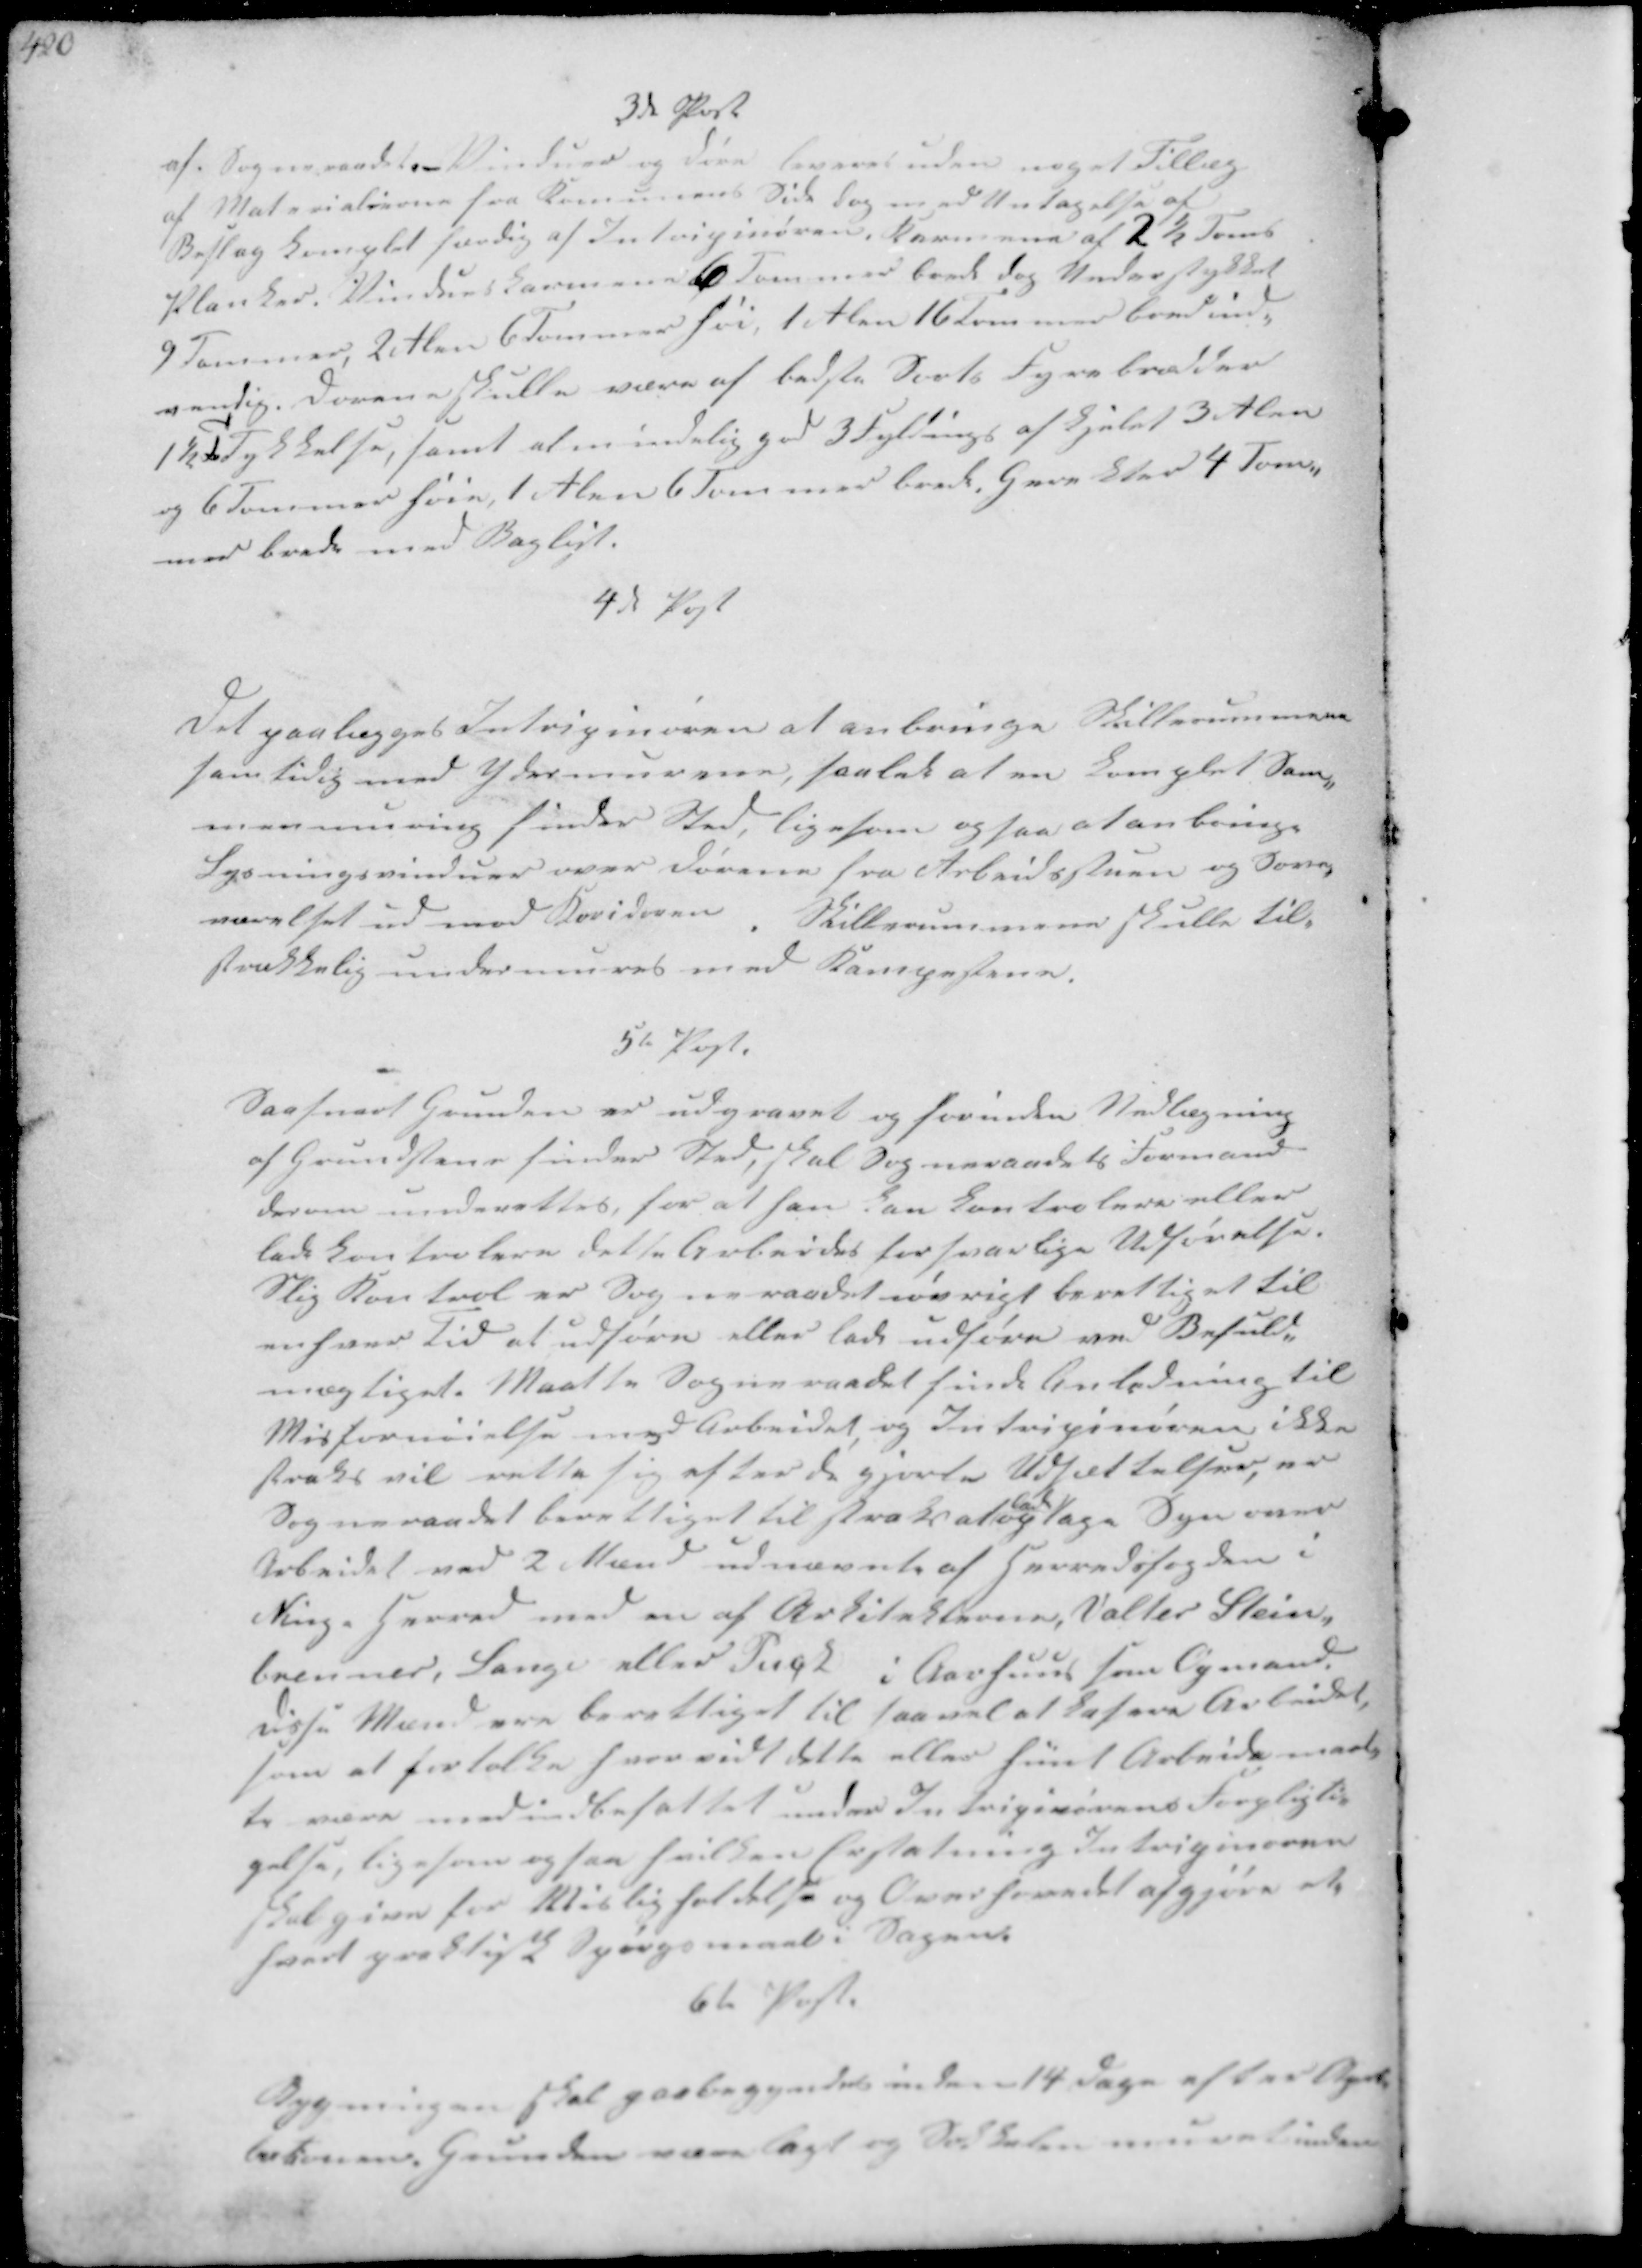
Transskription:
3de Post
af. Sogneraadet. Vinduer og Døre leveret uden noget Tillæg-
af Materialerne fra Kommunens Side dog med Untagelse af
Beslag og Komplat færdig af Intripeneren Karmene af 6½ Tom
Planker i Vindueskarmene 6 Tommer brede dog Understykket
9 Tommer, 2 Alen 6 Tommer fri, 1 Alen 16 Tommer  ind-
vendig. Dørene skulle være af bedste Sort Fyrebrædder
1½ To Tykkelse, samt at en indvendig god 3 Fyldings af  3 Alen
og 6 Tommer , 1 Alen 6 Sommer bred Gran Stav 4 Tom-
mers brede med Baglist.

4d Post
Det paalægges Intripinøren at anbringe Skillerummene
samlidig med Ydermurene, saaled at en Komplet Sam-
menmuring finder Sted, ligesom ogsaa at anbringe
Lysningsvinduer over dørene fra Arbeidsstuen og Sove-
værelset ud mod Koridoren , Skillerummere skulle til-
strækkelig undermures med Kampestene.

5t Post.
Saasnart Grunden er udgravet og forinden Nedlægning
af Grundstene finder Sted, skal Sogneraadets Formand
derom underettes, for at han kan kontrolere eller
lade kontrolere dette Arbeides fortvarlige Udførelse.
Slig Kontrol er Sogneraadet iøvrigt berettiget til
enhver tid at udføre eller lade udføre ved Befuld-
mægtiget. Maatte Sogneraadet finde Anledning til
Misfornøielse med Arbeidet og Intriginoren ikke
straks vil rette sig efter de gjorte Udsættelser er
Sogneraadet berettiget til straks at optage Syn over
Arbeidet ved 2 Mand udnævnte af Herredsfogden i
Ning Herred med en af Arkitekterne, Valter Stein-
brenner, Lange eller Pugt i Aarhuus som Opmand
Disse Mænd ere berettiget til saavel at kassere Arbeidet
som at fortolke hvorved dette eller hint Arbeide maat-
te være med indbefattet under Intripivirens Forpligtig-
gelse, ligesom ogsaa hvilken Erstatning Intriginoren
skal give for Mislgholdelse og Overhovedet afgjøre at
hvert praktisk Spørgsmaal i Sagen

6te Post
Bygningen skal paabegyndes inden 14 Dage efter  
bekonen, Grunden vare lagt og